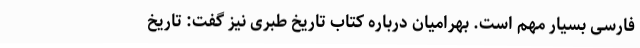
فارسی بسیار مهم است. بهرامیان درباره کتاب تاریخ طبری نیز گفت: تاریخ